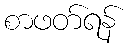
စာဖတ်ရန်